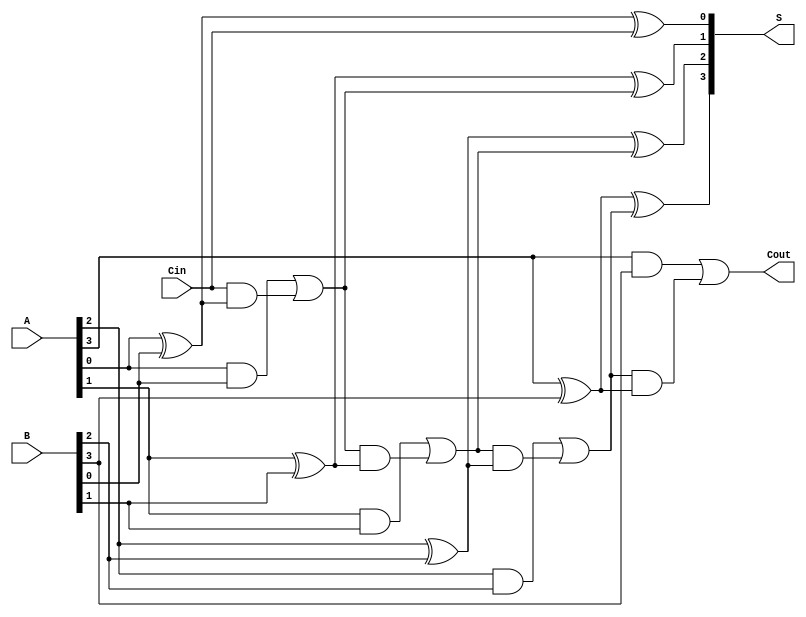
module manchester_carry_chain_adder #(parameter N = 4) (
    input  [N-1:0] A,   // First binary number
    input  [N-1:0] B,   // Second binary number
    input         Cin,   // Carry-in
    output [N-1:0] S,    // Sum output
    output        Cout    // Carry-out
);

    // Internal wires for carry propagation
    wire [N:0] carry;  // carry[0] is Cin, carry[N] is Cout

    // Assign the initial carry-in
    assign carry[0] = Cin;

    // Generate sum and carry for each bit position
    genvar i;
    generate
        for (i = 0; i < N; i = i + 1) begin : adder_stage
            // Sum calculation using XOR
            assign S[i] = A[i] ^ B[i] ^ carry[i];

            // Carry generation using AND and OR gates (Manchester carry)
            assign carry[i + 1] = (A[i] & B[i]) | (carry[i] & (A[i] ^ B[i]));
        end
    endgenerate

    // Final carry-out
    assign Cout = carry[N];

endmodule